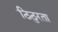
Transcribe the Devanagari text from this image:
ठिठुरता